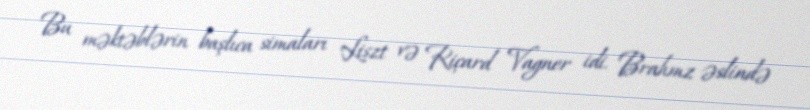
Bu məktəblərin başlıca simaları Liszt və Riçard Vagner idi. Brahmz əslində